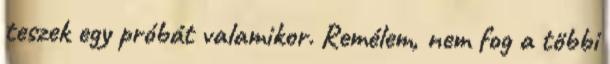
teszek egy próbát valamikor. Remélem, nem fog a többi